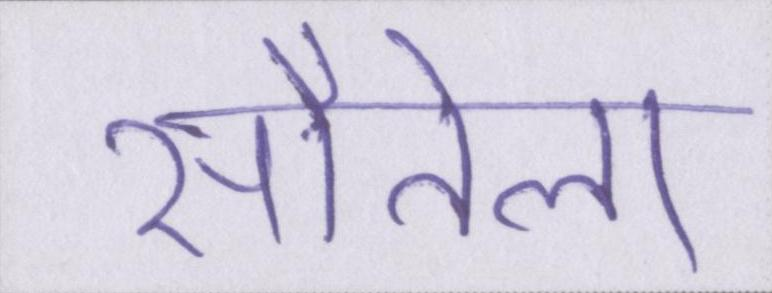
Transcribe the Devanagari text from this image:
सौतेला